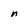
Character: n